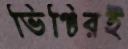
ভিঞ্চিরই